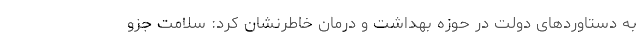
به دستاوردهای دولت در حوزه بهداشت و درمان خاطرنشان کرد:‌ سلامت جزو